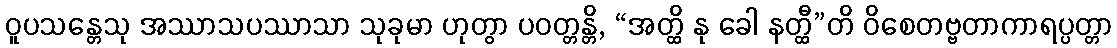
ဝူပသန္တေသု အဿာသပဿာသာ သုခုမာ ဟုတွာ ပဝတ္တန္တိ, “အတ္ထိ နု ခေါ နတ္ထီ”တိ ဝိစေတဗ္ဗတာကာရပ္ပတ္တာ